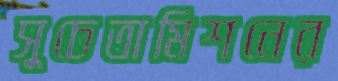
সুচেতামিশনের